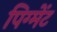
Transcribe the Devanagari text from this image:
पिग्मेंट